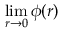
\operatorname* { l i m } _ { r \to 0 } \phi ( r )